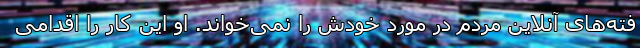
فته‌های آنلاین مردم در مورد خودش را نمی‌خواند. او این کار را اقدامی